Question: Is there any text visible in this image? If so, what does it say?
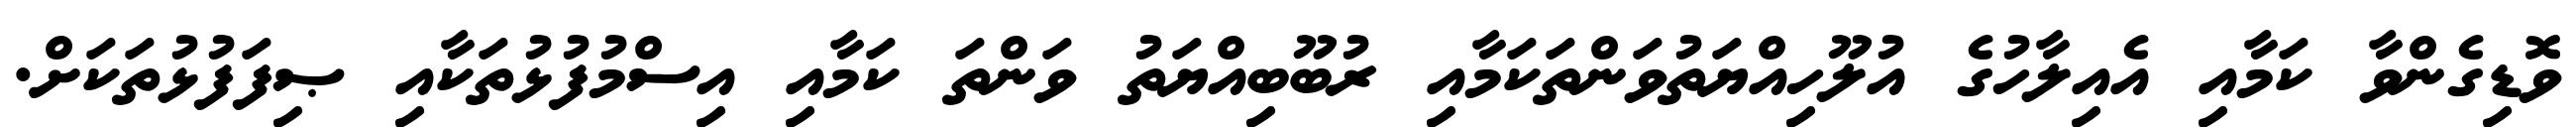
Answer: ވޮޑިގެންވާ ކަމާއި އެއިލާހުގެ އުލޫހިއްޔަތުވަންތަކަމާއި ރުބޫބިއްޔަތު ވަންތަ ކަމާއި އިސްމުފުޅުތަކާއި ޞިފަފުޅުތަކަށް.